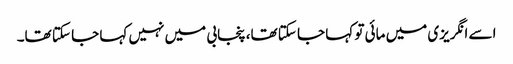
اسے انگریزی میں مائی تو کہا جا سکتا تھا، پنجابی میں نہیں کہا جا سکتا تھا۔